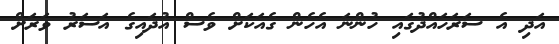
އަދި އެ ސަރަހައްދުގައި ހުންނަ އެހެން ގެއަކަށް ވެސް އުދައިގެ އަސަރު ވަރަށް